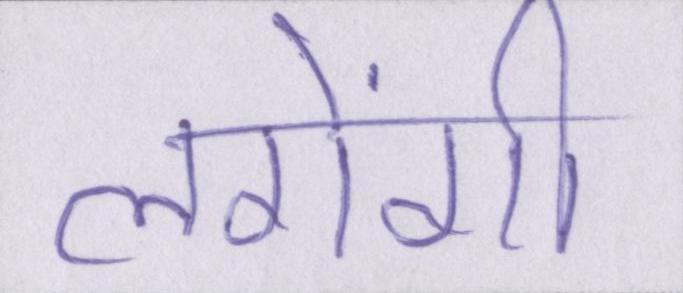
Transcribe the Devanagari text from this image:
लगेंगी